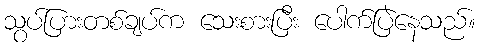
သွပ်ပြားတစ်ချပ်က သေးစားပြီး ပေါက်ပြဲနေသည်။